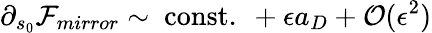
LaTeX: \partial_{s_{0}}{\cal F}_{mirror}\sim\mathrm{~const.~}+\epsilon a_{D}+{\cal O}(\epsilon^{2})